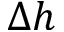
\Delta h